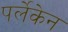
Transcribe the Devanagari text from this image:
पर्लेकेन